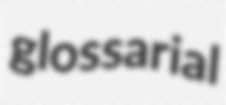
glossarial